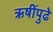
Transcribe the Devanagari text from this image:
ऋषींपुढे